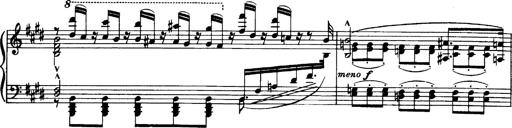
Title: OuvertÃ¼re zu TannhÃ¤user
Composer: Franz Liszt